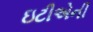
ઇટીએની